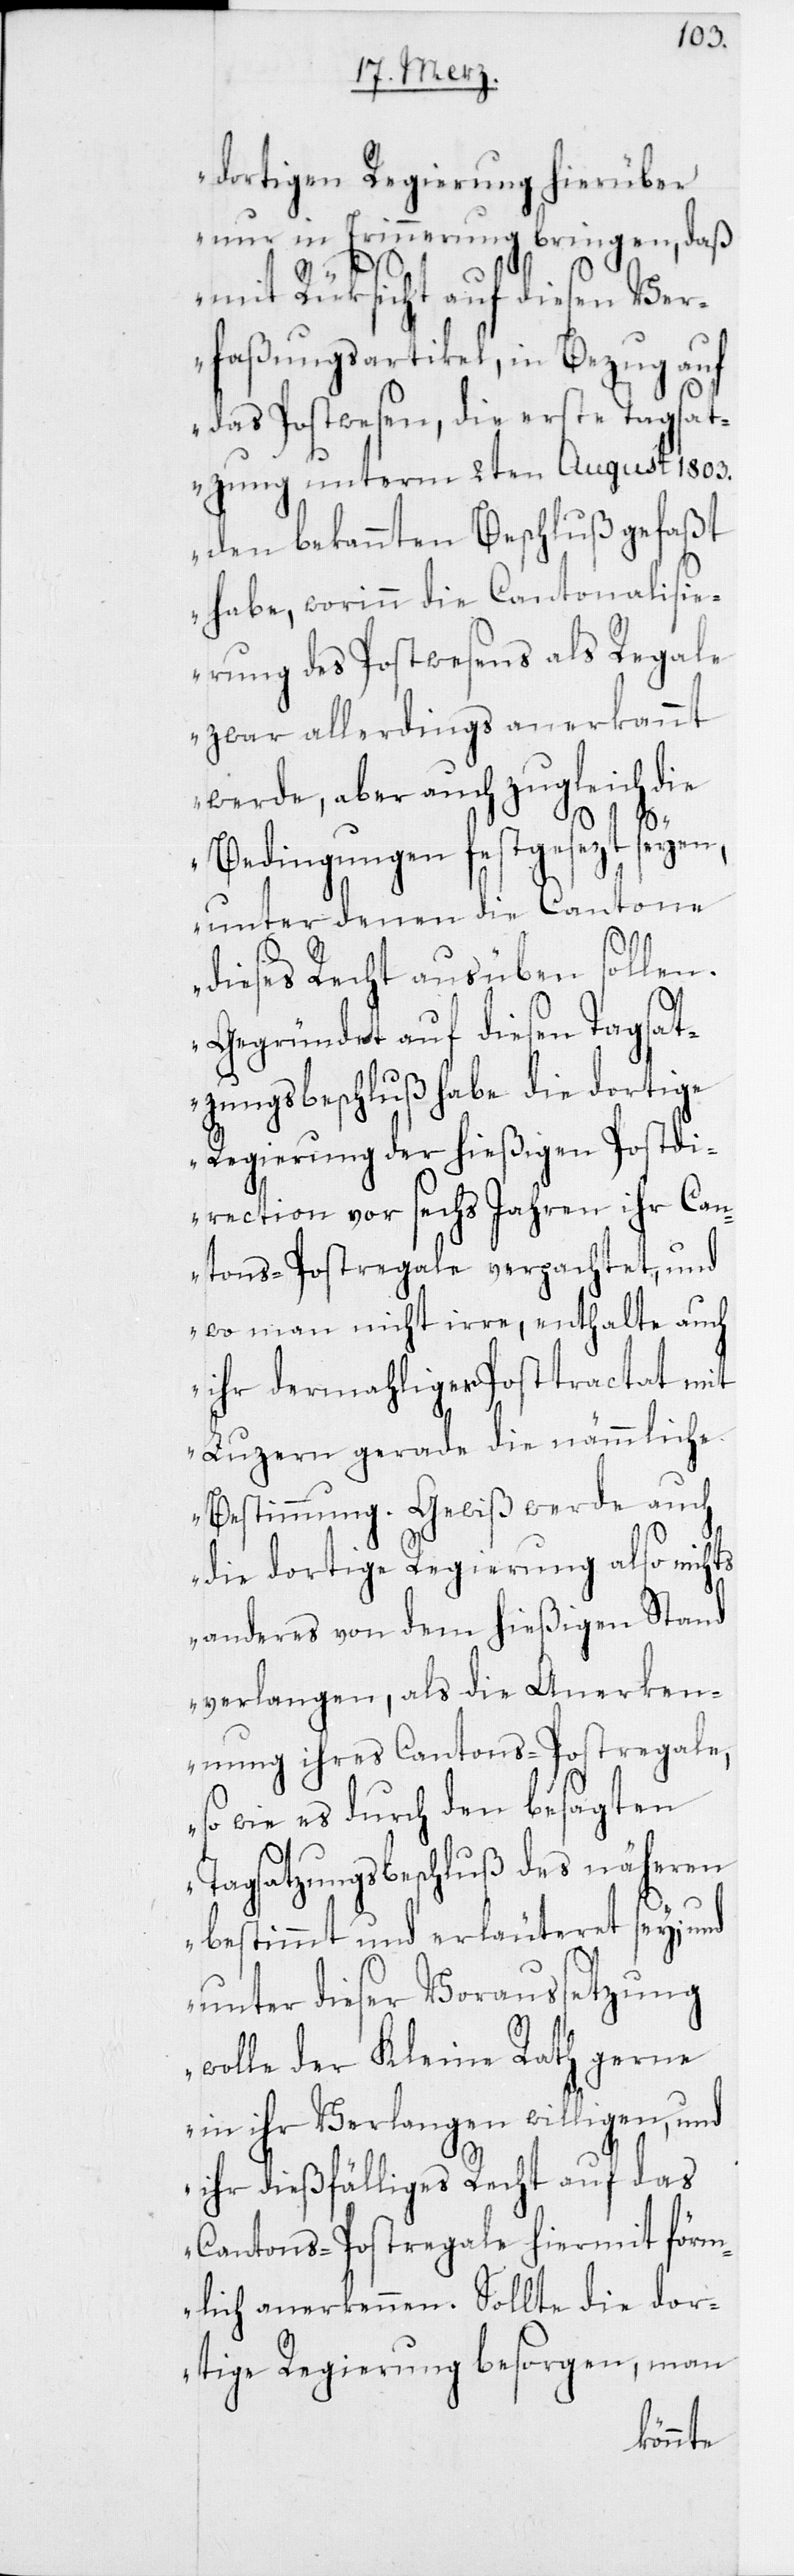
dortigen Regierung hierüber
nur in Erinnerung bringen, daß
mit Rüksicht auf diesen Ver¬
faßungsartikel, in Bezug auf
das Postwesen, die erste Tagsat¬
zung unterm 2ten August 1803.
den bekannten Beschluß gefaßt
habe, worinn die Cantonalisi¬
erung des Postwesens als Regale
zwar allerdings anerkannt
werde, aber auch zugleich die
Bedingungen festgesezt seyen,
unter denen die Cantone
dieses Recht ausüben sollen.
Gegründet auf diesen Tagsat¬
zungsbeschluß habe die dortige
Regierung der hießigen Postdi¬
rection vor sechs Jahren ihr Can¬
tons-Postregale verpachtet, und
wo man nicht irre, enthalte auch
ihr dermahliger Posttractat mit
Luzern gerade die nämmliche
Bestimmung. Gewiß werde auch
die dortige Regierung also nichts
anderes von dem hießigen Stand
verlangen, als die Anerken¬
nung ihres Cantons-Postregale,
so wie es durch den besagten
Tagsatzungsbeschluß des näheren
bestimmt und erläuteret sey; und
unter dieser Voraussetzung
wolle der Kleine Rath gerne
in ihr Verlangen willigen, und
ihr dießfälliges Recht auf das
Cantons-Postregale hiermit förm¬
lich anerkennen. Sollte die dor¬
tige Regierung besorgen, man